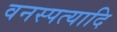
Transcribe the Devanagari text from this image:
वनस्पत्यादि